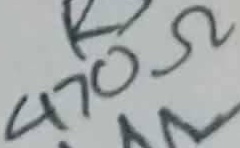
Text: 470Ω